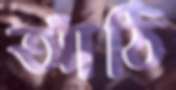
আঁঠি